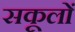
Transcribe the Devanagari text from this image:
सकूलों